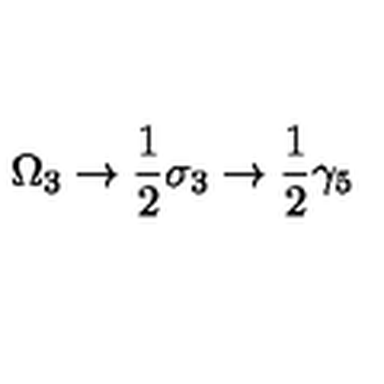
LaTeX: \Omega _ { 3 } \rightarrow \frac { 1 } { 2 } \sigma _ { 3 } \rightarrow \frac { 1 } { 2 } \gamma _ { 5 }